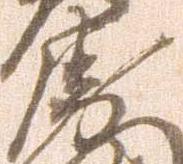
衛